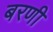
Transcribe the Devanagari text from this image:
बरणी